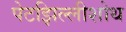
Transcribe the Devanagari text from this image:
पेटझिल्लीशोथ